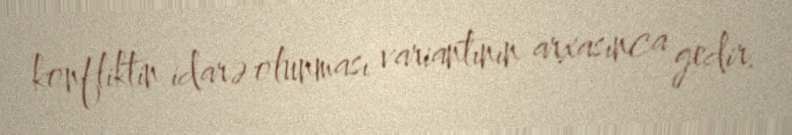
konfliktin idarə olunması variantının arxasınca gedir.